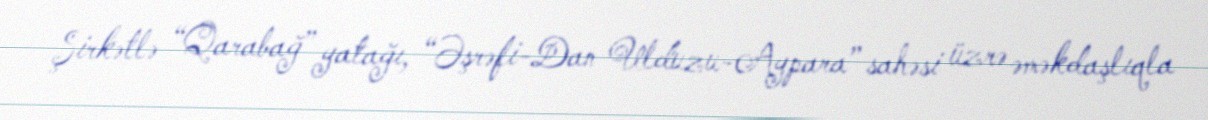
Şirkətlə “Qarabağ” yatağı, “Əşrəfi-Dan Ulduzu-Aypara” sahəsi üzrə əməkdaşlıqla